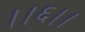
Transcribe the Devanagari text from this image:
।।६।।